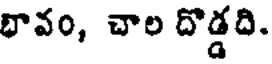
భావం, చాల దొడ్డది.